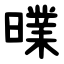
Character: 曗